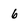
Character: 6